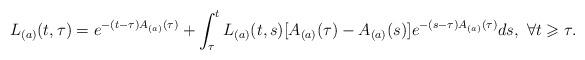
LaTeX: \begin{align*}L_{(a)}(t,\tau) = e^{-(t-\tau)A_{(a)}(\tau)} + \int_{\tau}^{t}L_{(a)}(t,s)[A_{(a)}(\tau) -A_{(a)}(s)]e^{-(s-\tau)A_{(a)}(\tau)}ds,\ \forall t\geqslant\tau.\end{align*}